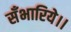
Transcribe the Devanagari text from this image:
सँभारिये।।